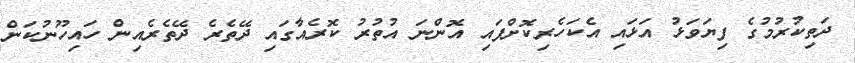
ދަތިކުރުމުގެ ފިޔަވަޅު އަޅައި އެކަހެރިކޮށްފައި އޮންނަ އުތުރު ކޮރެއާގައި ދޭތެރެ ދޭތެރެއިން ހައިހޫނުކަން